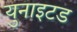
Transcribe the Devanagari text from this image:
युनाइटड